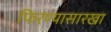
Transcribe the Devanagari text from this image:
फिरण्यासारखा